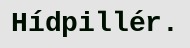
Hídpillér.